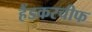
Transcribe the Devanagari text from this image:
हैंडकरचीफ